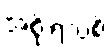
အစိုးရသစ်